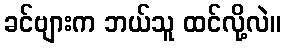
ခင်ဗျားက ဘယ်သူ ထင်လို့လဲ။